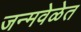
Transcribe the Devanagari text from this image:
जन्मवेळेत